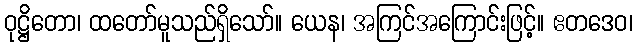
ဝုဋ္ဌိတော၊ ထတော်မူသည်ရှိသော်။ ယေန၊ အကြင်အကြောင်းဖြင့်။ ဧတဒေဝ၊